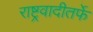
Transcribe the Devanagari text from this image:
राष्ट्रवादीतर्फे